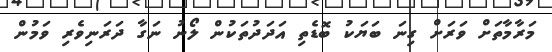
މަރާމާތަށް ވަރަށް ގިނަ ބަޔަކު ބޮޑެތި އަދަދުތަކުން ލޯނު ނަގާ ދަރަނިވެރި ވަމުން